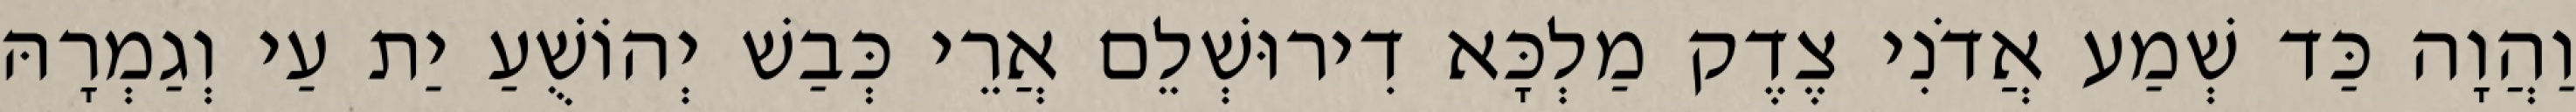
וַהֲוָה כַּד שְׁמַע אֲדֹנִי צֶדֶק מַלְכָּא דִירוּשְׁלֵם אֲרֵי כְּבַשׁ יְהוֹשֻׁעַ יַת עַי וְגַמְרָהּ